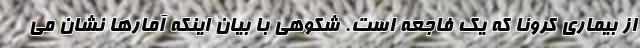
از بیماری کرونا که یک فاجعه است. شکوهی با بیان اینکه آمارها نشان می